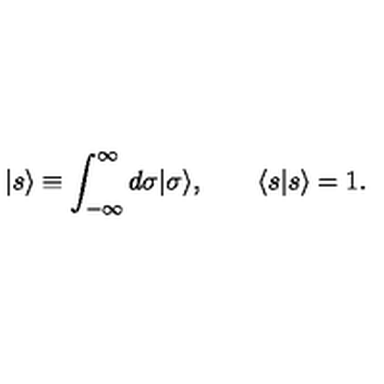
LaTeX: | s \rangle \equiv \int _ { - \infty } ^ { \infty } d \sigma | \sigma \rangle , \qquad \langle s | s \rangle = 1 .